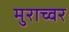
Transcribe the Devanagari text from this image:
मुराच्वर